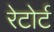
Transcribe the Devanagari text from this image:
रेटोर्ट